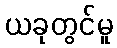
ယခုတွင်မူ